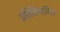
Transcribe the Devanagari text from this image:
प्रतिविभाजित